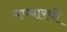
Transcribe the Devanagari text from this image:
मण्यारची